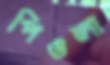
পিওলা